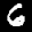
Label: 6